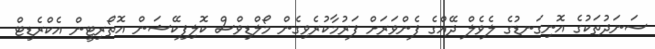
ސަނަދުތަކުގެ އޮނިގަނޑުގެ ލެވެލް ދޭއްގެ ފެންވަރަށް ފަރުމާކުރެވިގެން މޯލްޑިވްސް ކޮލިފިކޭޝަން އޮތޯރިޓީން އެކްރެޑިޓް